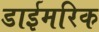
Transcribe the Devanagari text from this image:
डाईमरिक